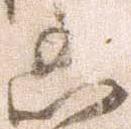
凶